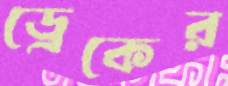
ড্রেকের